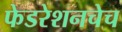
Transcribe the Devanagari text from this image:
फेडरेशनचेच